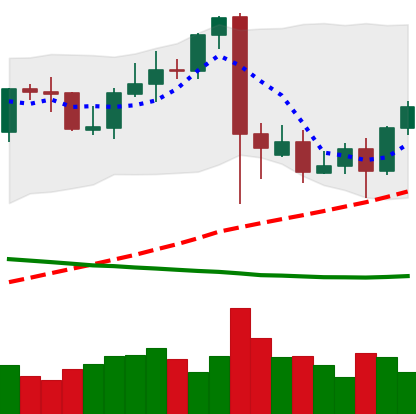
Ticker: BTC-USD
Chart end date: 2021-09-15
Forward return: -11.069%
Label: down_7plus